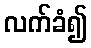
လက်ခံ၍